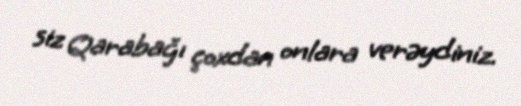
siz Qarabağı çoxdan onlara verəydiniz.